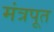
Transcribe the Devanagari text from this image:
मंत्रपूत